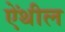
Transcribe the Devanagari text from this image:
ऐंथील